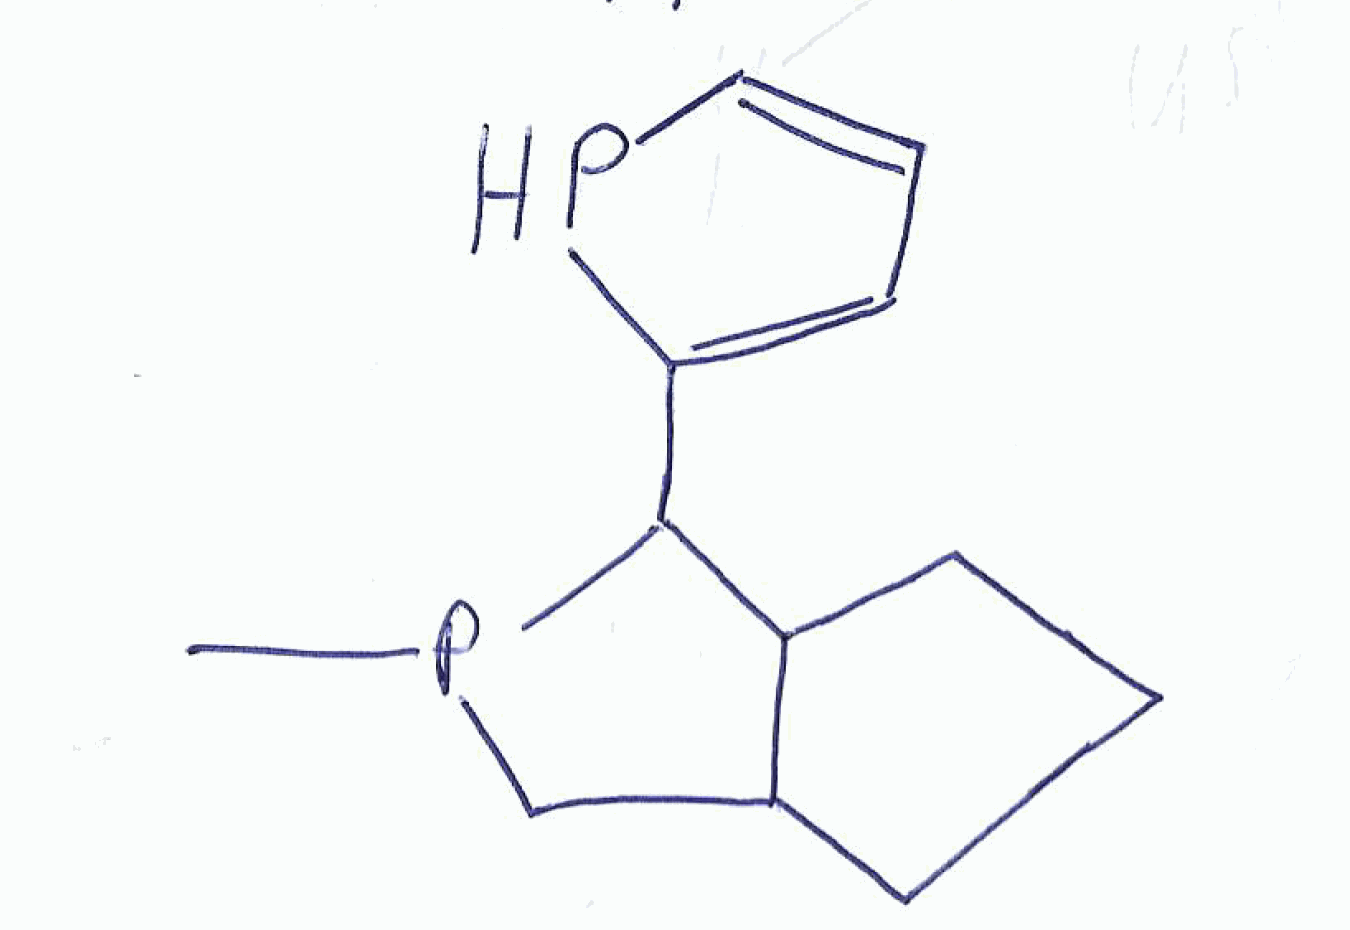
Simplified molecular-input line-entry system (SMILES) notation of the given molecule:
CP1CC2CCCC2C1C3=CC=CP3